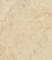
候